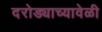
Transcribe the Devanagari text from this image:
दरोड्याच्यावेळी